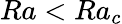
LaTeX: Ra<Ra_{c}